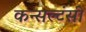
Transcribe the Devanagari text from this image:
कन्सल्टंसी